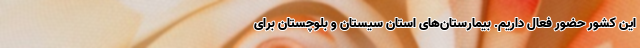
این کشور حضور فعال داریم. بیمارستان‌های استان سیستان و بلوچستان برای